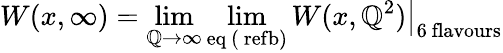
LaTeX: W(x,\infty)=\operatorname*{lim}_{\mathbb{Q}\rightarrow\infty}\operatorname*{lim}_{\mathrm{{eq\ (\ ref{b})}}}\left.W(x,\mathbb{Q}^{2})\right|_{\mathrm{{6\ flavours}}}